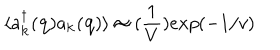
\langle a _ { { \bf { k } } } ^ { \dagger } ( { \bf { q } } ) a _ { { \bf { k } } } ( { \bf { q } } ) \rangle \approx ( \frac { 1 } { V } ) e x p ( - 1 / v )